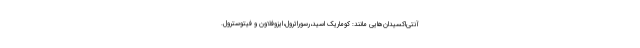
آنتی‌اکسیدان‌هایی مانند: کوماریک اسید،رسوراترول،ایزوفلاون و فیتوسترول.